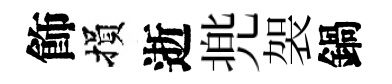
飾損逝兠袈鍋